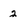
Character: 2